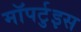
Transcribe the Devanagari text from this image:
मॉपर्टुइस